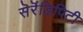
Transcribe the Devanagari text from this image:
सॆरॆंडिपिटी